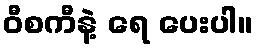
ဝီစကီနဲ့ ရေ ပေးပါ။